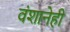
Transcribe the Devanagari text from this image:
वंशानेही